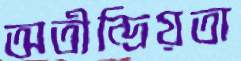
অতীন্দ্রিয়তা